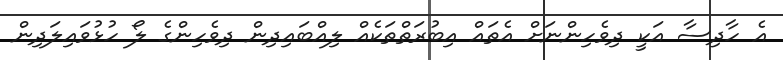
އެ ހާދިސާ އަކީ ދިވެހިންނަށް އެތައް އިބުރަތްތަކެއް ލިއްބައިދިން ދިވެހިންގެ ލޯ ހުޅުވައިލަދިން